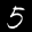
Label: 5